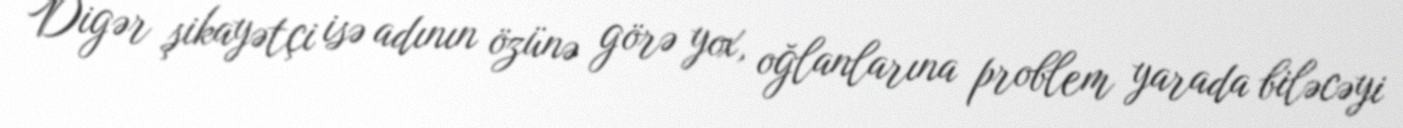
Digər şikayətçi isə adının özünə görə yox, oğlanlarına problem yarada biləcəyi